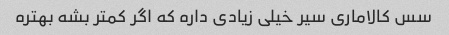
سس کالامارى سیر خیلى زیادى داره که اگر کمتر بشه بهتره